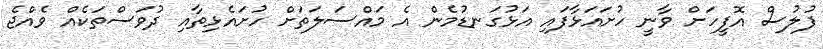
ފުލުސް އޮފީހަށް ވާނީ ހުށައަޅާފައި އަޅުގަނޑުމެން އެ މައްސަލަތަށް ހުށައެޅިތާއި ދުވަސްތަކެއް ވެއްޖެ